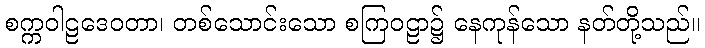
စက္ကဝါဠဒေဝတာ၊ တစ်သောင်းသော စကြဝဠာ၌ နေကုန်သော နတ်တို့သည်။